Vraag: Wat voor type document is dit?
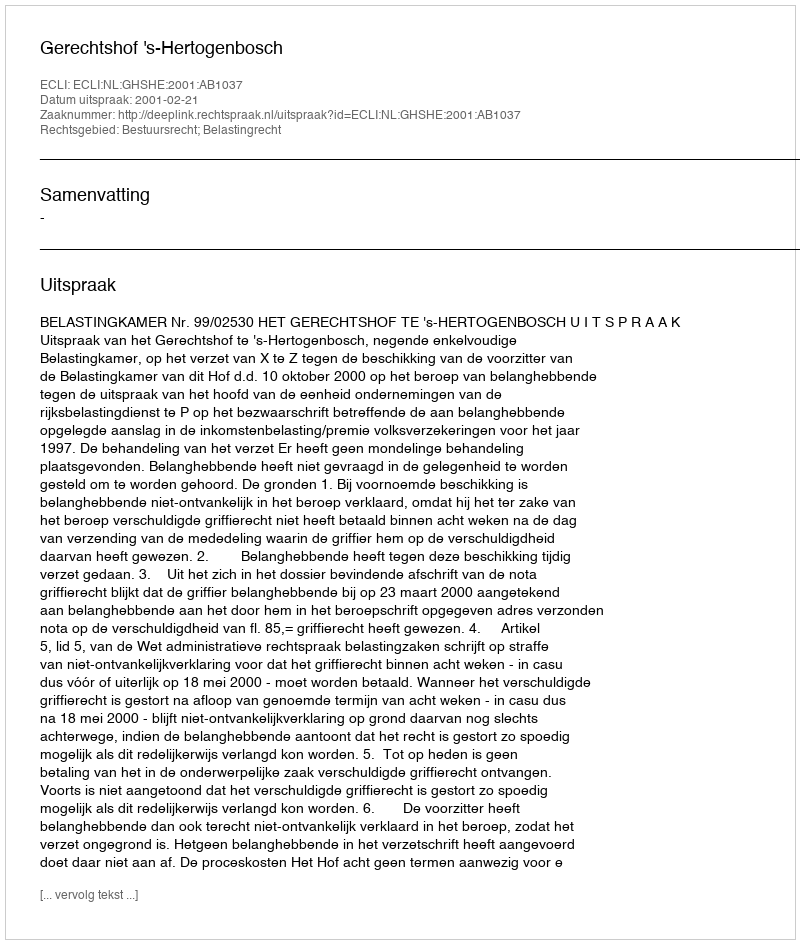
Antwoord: Uitspraak